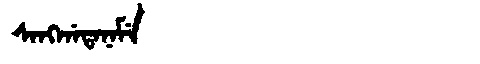
Manchu: ᠰᠠᠩᡤᠠᡨᠠᠨᠠᠮᡝ
Romanization: SANGGATANAME